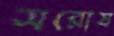
সরোষ